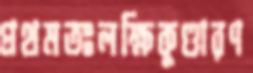
প্রথমতঃলক্ষিকুণ্ডারণ